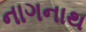
નાગનાથ